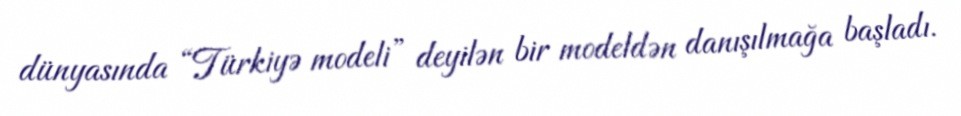
dünyasında “Türkiyə modeli” deyilən bir modeldən danışılmağa başladı.